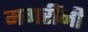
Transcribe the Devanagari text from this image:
मगरींनी